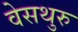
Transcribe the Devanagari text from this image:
वेसथुरु